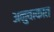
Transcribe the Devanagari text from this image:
अनुवाकात